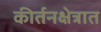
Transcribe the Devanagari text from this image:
कीर्तनक्षेत्रात